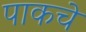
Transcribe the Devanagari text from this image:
पाकचे